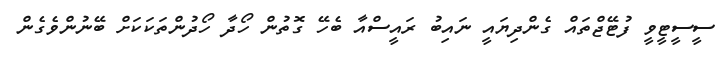
ސީސީޓީވީ ފުޓޭޖްތައް ގެންދިޔައީ ނައިބު ރައީސްއާ ބެހޭ ގޮތުން ހޯދާ ހޯދުންތަކަކަށް ބޭނުންވެގެން